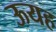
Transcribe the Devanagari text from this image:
ऊयह